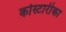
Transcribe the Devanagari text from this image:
कोस्टारीका